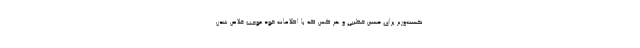
نخست‌وزیر برای حسین خطیبی و هر کس که با اطلاعات خود موجب خلاص شدن